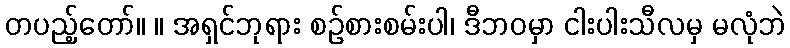
တပည့်တော်။ ။ အရှင်ဘုရား စဉ်စားစမ်းပါ၊ ဒီဘဝမှာ ငါးပါးသီလမှ မလုံဘဲ